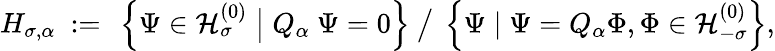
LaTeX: H_{\sigma,\alpha}\ :=\ \left\{ \Psi\in{\mathcal H}_{\sigma}^{(0)}\bigm|Q_{\alpha}\ \Psi=0\right\} \ \big/\ \left\{ \Psi\mid\Psi=Q_{\alpha}\Phi,\Phi\in{\mathcal H}_{-\sigma}^{(0)}\right\} ,